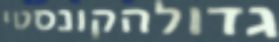
גדולהקונסטי